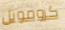
كرومويل